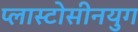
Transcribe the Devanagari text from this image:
प्लास्टोसीनयुग